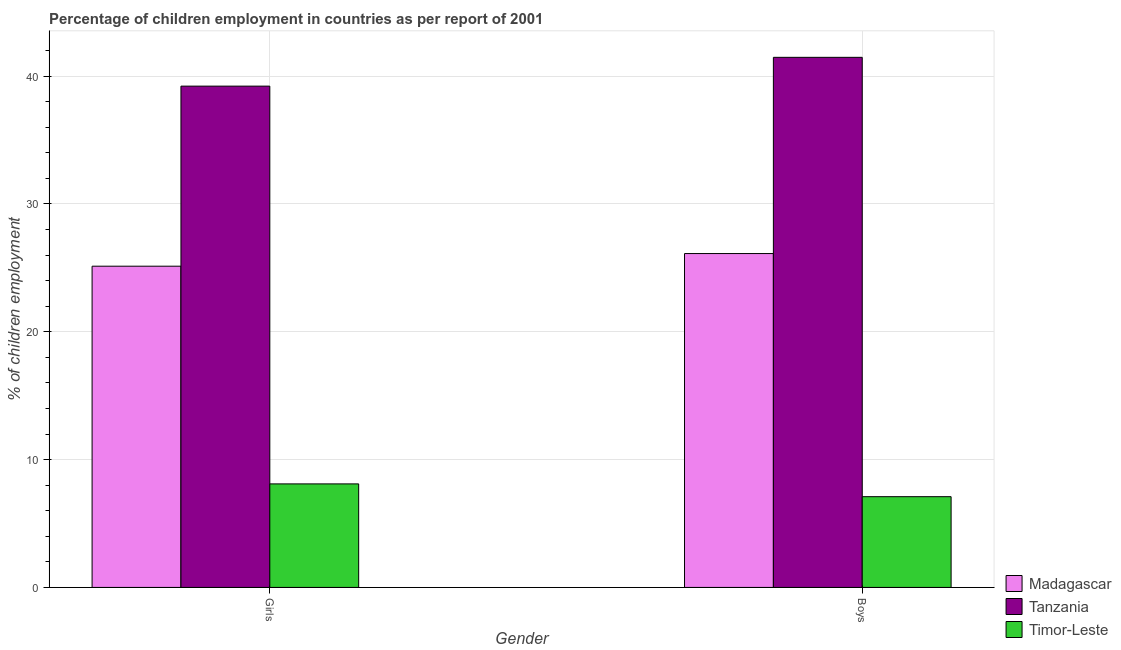
| Gender | Madagascar | Tanzania | Timor-Leste |
 | --- | --- | --- | --- |
 | Girls | 25.1 | 39.2 | 8.1 |
 | Boys | 26.1 | 41.5 | 7.1 |